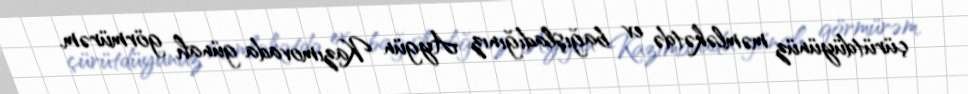
çürütdüyünüz məmləkətdə ev bağışladığınız Aygün Kazımovada günah görmürəm.